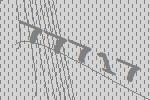
77717